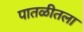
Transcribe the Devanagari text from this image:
पातळीतला